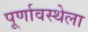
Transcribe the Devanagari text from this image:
पूर्णावस्थेला